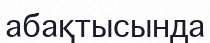
абақтысында